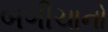
બગીચાનો